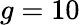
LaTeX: g=10